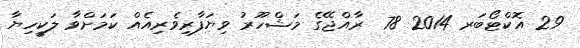
29 އޮކްޓޯބަރ 2014 78  ރާއްޖޭގެ މަޝްހޫރު ވިޔަފާރިވެރިއެއް ކަމަށްވާ ލަކީހިޔާ